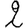
Digit: 2